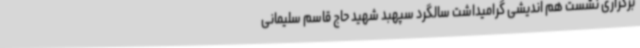
برگزاری نشست هم اندیشی گرامیداشت سالگرد سپهبد شهید حاج قاسم سلیمانی